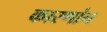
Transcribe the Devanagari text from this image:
कारणांन